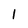
Character: l